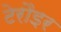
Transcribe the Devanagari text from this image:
टेरौइर